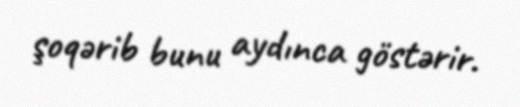
şoqərib bunu aydınca göstərir.